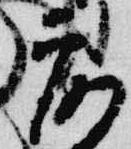
露